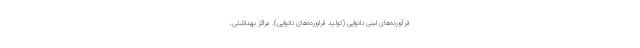
فرآورده‌های لبنی نانوایی (تولید فراورده‌های نانوایی). مراکز بهداشتی،